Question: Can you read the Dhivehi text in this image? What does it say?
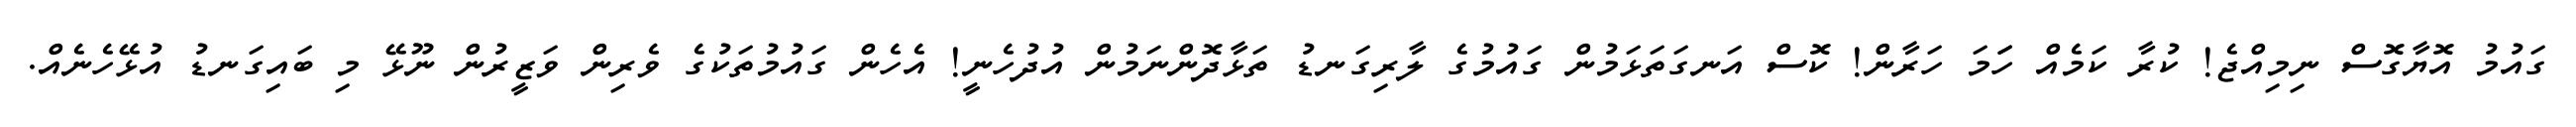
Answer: ގައުމު އޮޔާގޮސް ނިމިއްޖެ! ކުރާ ކަމެއް ހަަމަ ހަރާން! ކޮސް އަނގަތަޅަމުން ގައުމުގެ ލާރިގަނޑު ތަޅާދޮންނަމުން އުދުހެނީ! އެހެން ގައުމުތަކުގެ ވެރިން ވަޒީރުން ނޫޅޭ މި ބައިގަނޑު އުޅޭހެނެއް.